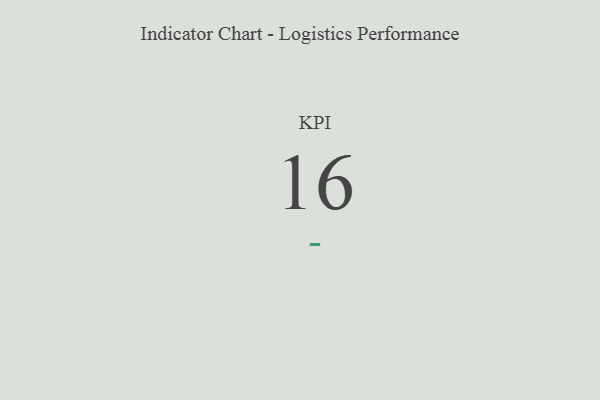
{"axis": {"x": "KPI", "y": "Value"}, "legend": [""], "data": [{"x": "KPI", "y": 16, "type": ""}]}